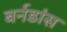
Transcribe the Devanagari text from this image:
बर्नडांस